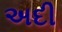
અદી